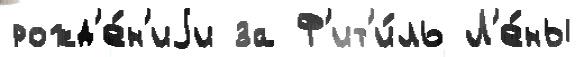
рожд'е́н'иjи за Ф'ит'и́ль Л'е́ны